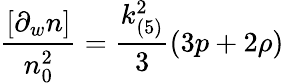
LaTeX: \frac{[\partial_{w}n]}{n_{0}^{2}}=\frac{k_{(5)}^{2}}{3}(3p+2\rho)